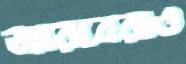
জারবেরাও